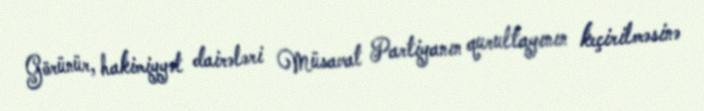
Görünür, hakimiyyət dairələri Müsavat Partiyanın qurultayının keçirilməsinə